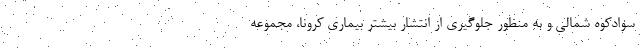
سوادکوه شمالی و به منظور جلوگیری از انتشار بیشتر بیماری کرونا، مجموعه